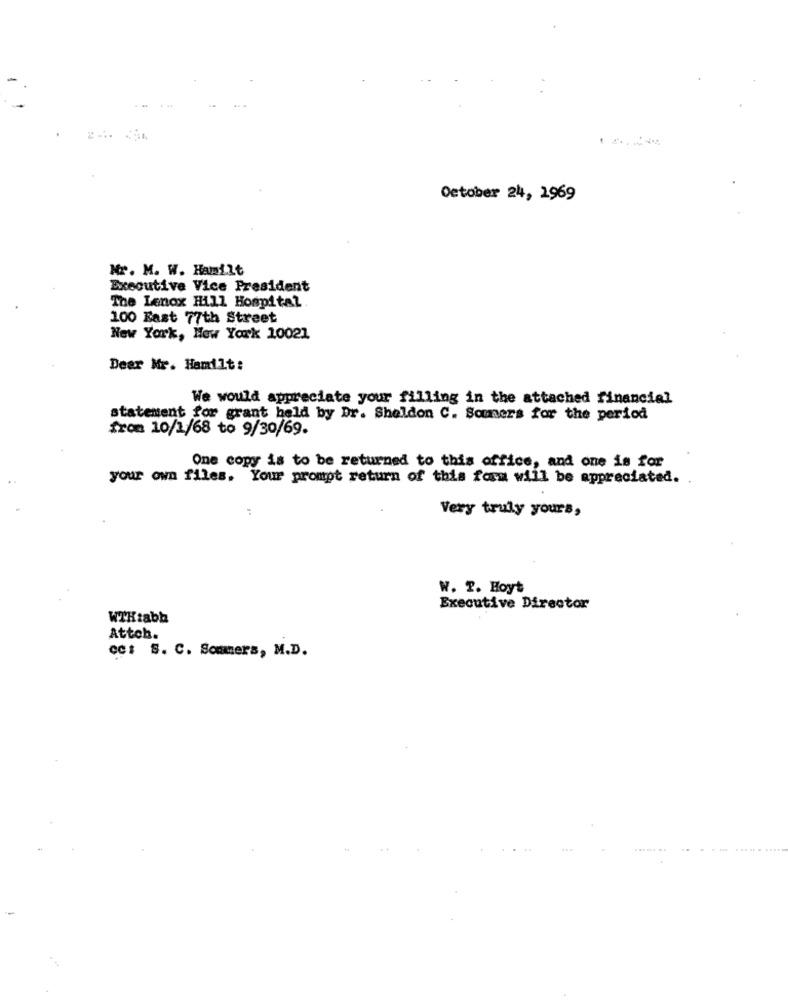
October 24, 1969
Nr. M. W. Hamilt
Executive Vice President
The Lenox Hill Hospital.
100 East 77th Street
New York, New York 10021
Dear Mr. Hamilt:
We would appreciate your filling in the attached financial
statement for grant held by Dr. Sheldon C. Sommers for the period
fron 10/1/68 to 9/30/69.
One copy is to be returned to this office, and one is for
your own files. Your prompt return of this form will be appreciated.
Very truly yours,
W. T. Hoyt
Executive Director
WTHtabb
Attch.
cc: S. C. Sommers, M.D.